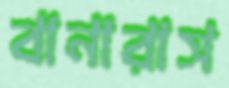
বানারাস